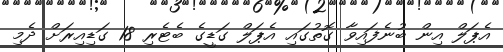
އެޕަލް އިން ބުނެފައިވާ ގޮތުގައި އެޕަލް ގަޑީގެ ބެޓެރި 18 ގަޑިއިރަށް ދެމި